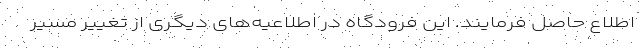
اطلاع حاصل فرمایند. این فرودگاه در اطلاعیه‌های دیگری از تغییر مسیر